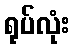
ရုပ်လုံး